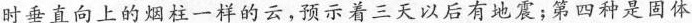
时垂直向上的烟柱一样的云，预示着三天以后有地震；第四种是固体